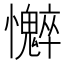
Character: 𫻣